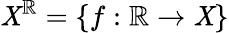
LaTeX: \mathit{X}^{\mathbb{{R}}}=\{ f:\mathbb{{R}}\to\mathit{X}\}